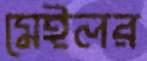
মেইলর